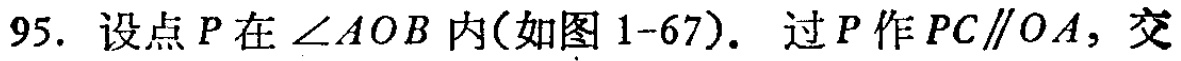
95. 设点\(P\)在\(\angle AOB\)内(如图 1-67). 过\(P\)作\(PC\parallel OA\)，交